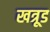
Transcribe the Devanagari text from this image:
खत्रूड